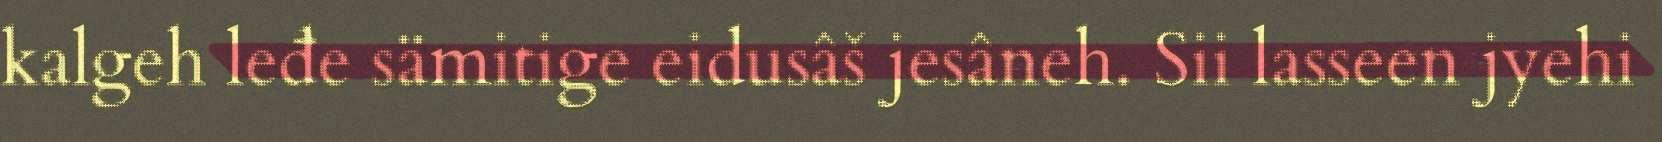
kalgeh leđe sämitige eidusâš jesâneh. Sii lasseen jyehi